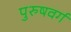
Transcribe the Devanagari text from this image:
पुरुषवर्ग